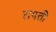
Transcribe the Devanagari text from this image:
रापती